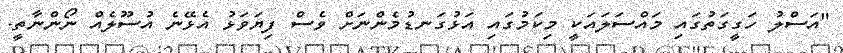
"އަސްލު ހަގީގަތުގައި މައްސަލައަކީ މިކަމުގައި އަޅުގަނޑުމެންނަށް ވެސް ފިޔަވަޅު އެޅޭނެ އުސޫލެއް ނޯންނާތީ.